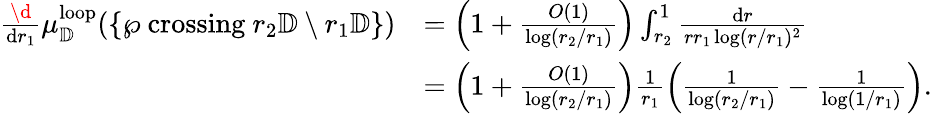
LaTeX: \begin{array}{rl}{\frac{\d}{\mathrm{d}r_{1}}\mu_{\mathbb{D}}^{\mathrm{loop}}(\{ \wp\mathrm{~crossing~}r_{2}\mathbb{D}\setminus r_{1}\mathbb{D}\} )}&{=\left(1+\frac{O(1)}{\log(r_{2}/r_{1})}\right)\int_{r_{2}}^{1}\frac{\mathrm{d}r}{rr_{1}\log(r/r_{1})^{2}}}\\ &{=\left(1+\frac{O(1)}{\log(r_{2}/r_{1})}\right)\frac{1}{r_{1}}\left(\frac{1}{\log(r_{2}/r_{1})}-\frac{1}{\log(1/r_{1})}\right).}\end{array}